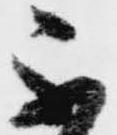
不